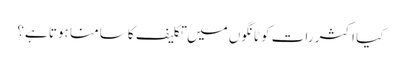
کیا اکثر رات کو ٹانگوں میں تکلیف کا سامنا ہوتا ہے؟